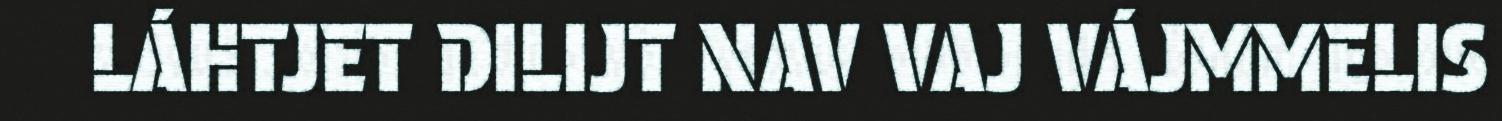
LÁHTJET DILIJT NAV VAJ VÁJMMELIS